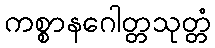
ကစ္စာနဂေါတ္တသုတ္တံ